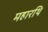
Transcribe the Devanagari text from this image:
महारथि